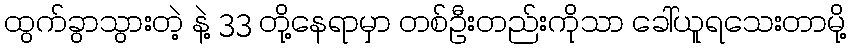
ထွက်ခွာသွားတဲ့ နဲ့ 33 တို့နေရာမှာ တစ်ဦးတည်းကိုသာ ခေါ်ယူရသေးတာမို့